Mental hospitals Bombay report 1921-28 - 1921-1928
Year: 1921
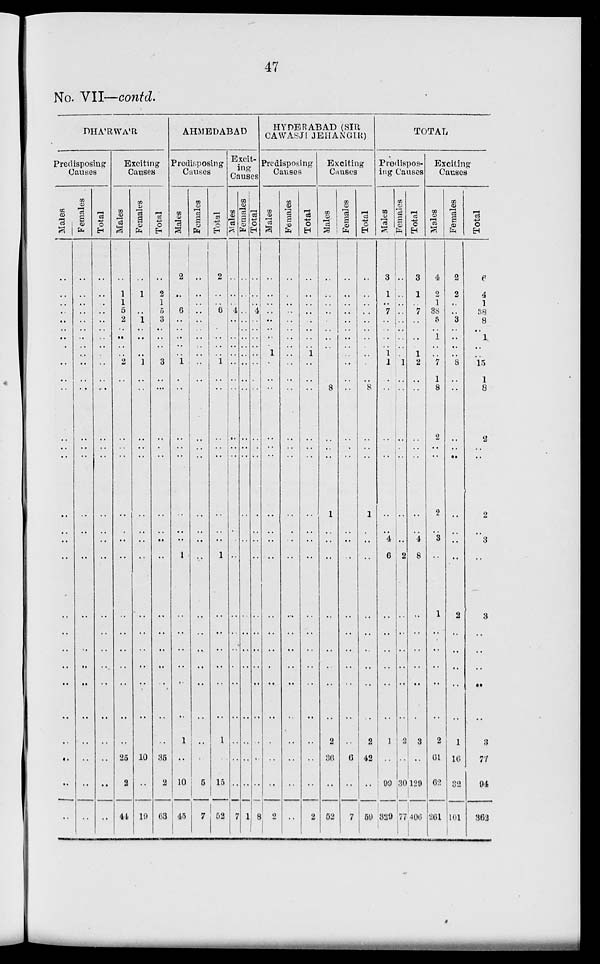
47
No. VII—contd.
DHA'RWA'R
Predisposing
Causes
Males
..
..
..
..
..
..
..
..
..
..
..
..
..
..
..
..
..
..
..
..
..
..
..
..
..
..
..
..
Females
..
..
..
..
..
..
..
..
..
..
..
..
..
..
..
..
..
..
..
..
..
..
..
..
..
..
..
..
Total
..
..
..
..
..
..
..
..
..
..
..
..
..
..
..
..
..
..
..
..
..
..
..
..
..
..
..
..
Exciting
Causes
Males
..
1
1
5
2
..
..
..
2
..
..
..
..
..
..
..
..
..
..
..
..
..
..
..
..
25
2
44
Females
..
1
..
..
1
..
.. ..
1
..
..
..
..
..
..
..
..
..
..
..
..
..
..
..
..
10
..
19
Total
..
2
1
5
3
..
..
..
3
..
..
..
..
..
..
..
..
..
..
..
..
..
..
..
..
35
2
63
AHMEDABAD
Predisposing
Causes
Males
2
..
..
6
..
..
..
..
1
..
..
..
..
..
..
..
..
1
..
..
..
..
..
..
1
..
10
45
Females
..
..
..
..
..
..
..
..
..
..
..
..
..
..
..
..
..
..
..
..
..
..
..
..
..
..
5
7
Total
2
..
..
6
..
..
..
..
1
..
..
..
..
..
..
..
..
1
..
..
..
..
..
..
1
..
15
52
Excit-
ing
Causes
Males
..
..
..
4
..
..
..
..
..
..
..
..
..
..
..
..
..
..
..
..
..
..
..
..
..
..
..
7
Females
..
..
..
..
..
..
..
..
..
..
..
..
..
..
..
..
..
..
..
..
..
..
..
..
..
..
..
1
Total
..
..
..
4
..
..
..
..
..
..
..
..
..
..
..
..
..
..
..
..
..
..
..
..
..
..
..
8
HYDERABAD (SIR
CAWASJI JEHANGIR)
Predisposing
Causes
Males
..
..
..
..
..
..
.. 1
..
..
..
..
..
..
..
..
..
..
..
..
..
..
..
..
..
..
..
2
Females
..
..
..
..
..
..
..
..
..
..
..
..
..
..
..
..
..
..
..
..
..
..
..
..
..
..
..
..
Total
..
..
..
..
..
..
.. 1
..
..
..
..
..
..
..
..
..
..
..
..
..
..
..
..
..
..
..
2
Exciting
Causes
Males
..
..
..
..
..
..
..
..
..
..
8
..
..
..
1
..
..
..
..
..
..
..
..
..
2
36
..
52
Females
..
..
..
..
..
..
..
..
..
..
..
..
..
..
..
..
..
..
..
..
..
..
..
..
..
6
..
7
Total
..
..
..
..
..
..
..
..
..
..
8
..
..
..
1
..
..
..
..
..
..
..
..
..
2
42
..
59
TOTAL
Predispos-
ing Causes
Males
3
1
..
7
..
..
..
1
1
..
..
..
..
..
..
..
4
6
..
..
..
..
..
..
1
..
99
329
Females
..
..
..
..
..
..
..
..
1
..
..
..
..
..
..
..
..
2
..
..
..
..
..
..
2
..
30
77
Total
3
1
..
7
..
..
.. 1
2
..
..
..
..
..
..
..
4
8
..
..
..
..
..
..
3
..
120
406
Exciting
Causes
Males
4
2
1
38
5
1
..
..
7
1
8
2
..
..
2
..
3
..
1
..
..
..
..
..
2
61
62
261
Females
2
2
..
..
3
..
..
..
8
..
..
..
..
..
..
..
..
..
2
..
..
..
..
..
1
16
32
101
Total
6
4
1
38
8
1
..
..
15
1
8
2
..
..
2
..
3
..
3
..
..
..
..
..
3
77
94
362